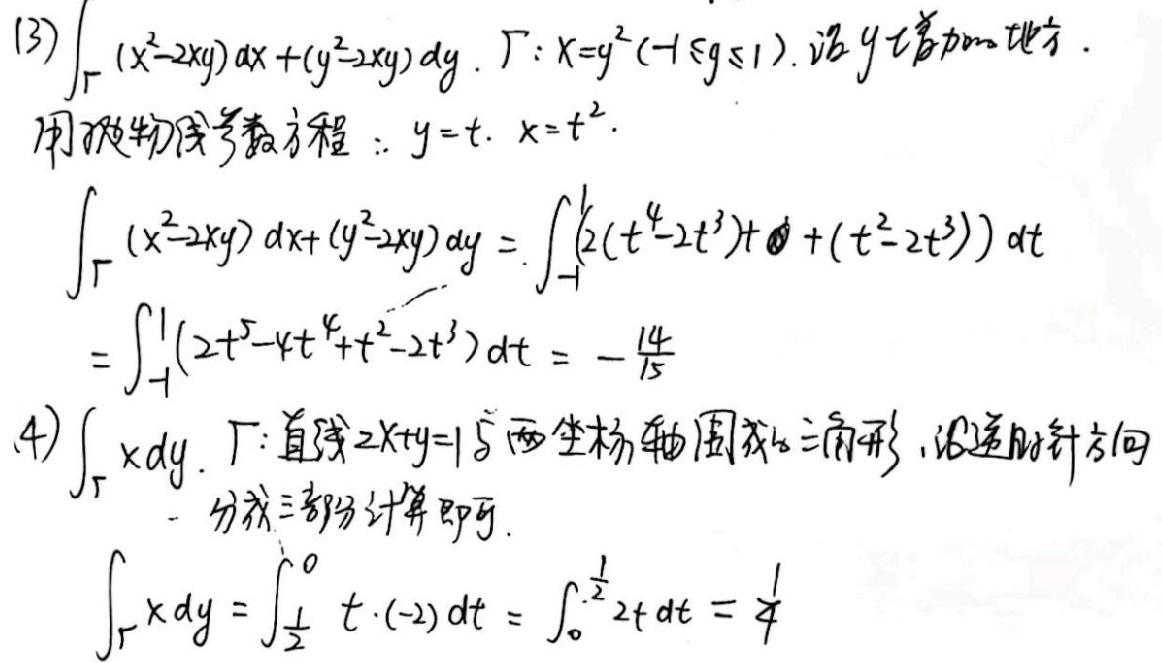
(3) \(\int_{\Gamma}(x^{2}-2xy)dx+(y^{2}-2xy)dy\). \(\Gamma:x = y^{2}(-1\leq y\leq1)\), 沿 \(y\) 增加的地方.
用抛物线参数方程: \(y = t\), \(x = t^{2}\).
\(\int_{\Gamma}(x^{2}-2xy)dx+(y^{2}-2xy)dy=\int_{-1}^{1}(2(t^{4}-2t^{3})t+(t^{2}-2t^{3}))dt\)
\(=\int_{-1}^{1}(2t^{5}-4t^{4}+t^{2}-2t^{3})dt=-\frac{14}{15}\)
(4) \(\int_{\Gamma}xdy\). \(\Gamma\): 直线 \(2x + y = 1\) 与两坐标轴围成的三角形, 沿逆时针方向
  - 分成三部分计算即可.
\(\int_{\Gamma}xdy=\int_{\frac{1}{2}}^{0}t\cdot(-2)dt=\int_{0}^{\frac{1}{2}}2tdt=\frac{1}{4}\)